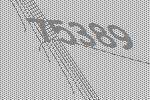
75389